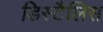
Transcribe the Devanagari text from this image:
डिस्टैलिस